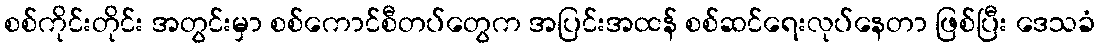
စစ်ကိုင်းတိုင်း အတွင်းမှာ စစ်ကောင်စီတပ်တွေက အပြင်းအထန် စစ်ဆင်ရေးလုပ်နေတာ ဖြစ်ပြီး ဒေသခံ